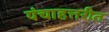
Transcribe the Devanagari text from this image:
पंचाहत्तरीत